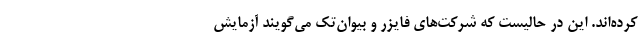
کرده‌اند. این در حالیست که شرکت‌های فایزر و بیواِن‌تک می‌گویند آزمایش